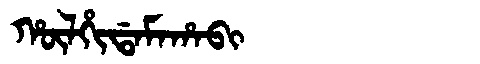
Manchu: ᡥᡡᠯᡥᡳᡩᠠᠮᠠᡥᠠᠪᡳ
Romanization: HŪLHIDAMAHABI